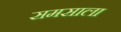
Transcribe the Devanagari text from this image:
समसाला